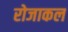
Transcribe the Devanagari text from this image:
रोजाकल